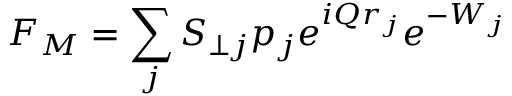
F _ { M } = \sum _ { j } S _ { \perp j } p _ { j } e ^ { i Q r _ { j } } e ^ { - W _ { j } }